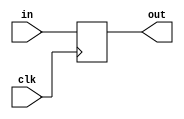

module IF_ID
#(	parameter RFW = 5,
	parameter IMW = 4,
	parameter DW = 32,
	parameter IW = 32)
(	input wire clk,
	input wire [IW-1:0] in,
	output reg [IW-1:0] out);

	always @(posedge clk) begin
		out <= #1 in;
	end


endmodule